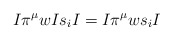
\begin{align*}I \pi^{\mu} w I s_i I = I \pi^{\mu} w s_i I\end{align*}